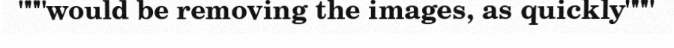
"""would be removing the images, as quickly"""